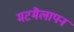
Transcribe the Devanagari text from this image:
मटमैलापन